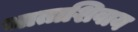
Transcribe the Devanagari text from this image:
भाताशिवाय